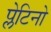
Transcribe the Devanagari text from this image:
प्लेटिनो